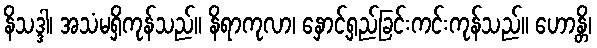
နိသဒ္ဒါ၊ အသံမရှိကုန်သည်။ နိရာကုလာ၊ နှောင့်ရှည်ခြင်းကင်းကုန်သည်။ ဟောန္တိ၊